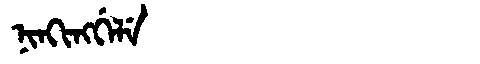
Manchu: ᠨᡳᠨᡴᡳᠩᡤᡝᠯᡝ
Romanization: NINKINGGELE